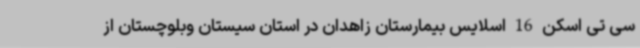
سی تی اسکن 16 اسلایس بیمارستان زاهدان در استان سیستان وبلوچستان از